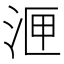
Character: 𭰙